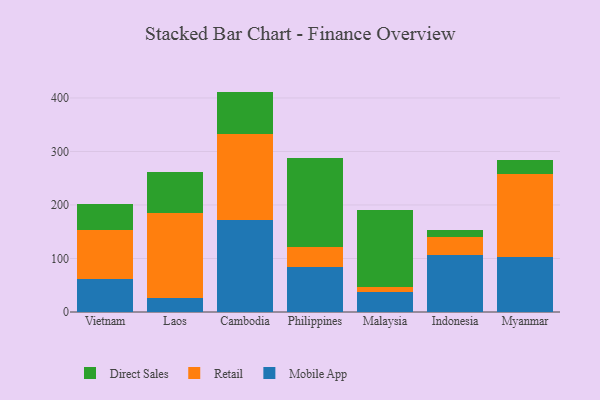
{"axis": {"x": "Country", "y": "Conversion Rate (%)"}, "legend": ["Direct Sales", "Mobile App", "Retail"], "data": [{"x": "Vietnam", "y": 61.6, "type": "Mobile App"}, {"x": "Vietnam", "y": 92.1, "type": "Retail"}, {"x": "Vietnam", "y": 47.8, "type": "Direct Sales"}, {"x": "Laos", "y": 25.4, "type": "Mobile App"}, {"x": "Laos", "y": 160.3, "type": "Retail"}, {"x": "Laos", "y": 75.9, "type": "Direct Sales"}, {"x": "Cambodia", "y": 171.5, "type": "Mobile App"}, {"x": "Cambodia", "y": 161.3, "type": "Retail"}, {"x": "Cambodia", "y": 79.1, "type": "Direct Sales"}, {"x": "Philippines", "y": 85.0, "type": "Mobile App"}, {"x": "Philippines", "y": 37.3, "type": "Retail"}, {"x": "Philippines", "y": 165.0, "type": "Direct Sales"}, {"x": "Malaysia", "y": 37.0, "type": "Mobile App"}, {"x": "Malaysia", "y": 10.6, "type": "Retail"}, {"x": "Malaysia", "y": 143.2, "type": "Direct Sales"}, {"x": "Indonesia", "y": 106.9, "type": "Mobile App"}, {"x": "Indonesia", "y": 33.4, "type": "Retail"}, {"x": "Indonesia", "y": 12.5, "type": "Direct Sales"}, {"x": "Myanmar", "y": 102.7, "type": "Mobile App"}, {"x": "Myanmar", "y": 155.2, "type": "Retail"}, {"x": "Myanmar", "y": 25.8, "type": "Direct Sales"}]}